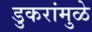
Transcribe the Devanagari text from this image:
डुकरांमुळे